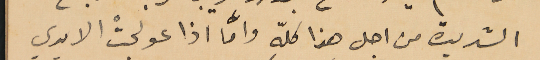
الشديدة من اجل هذا كلّهِ وأما اذا عولجتْ الايدي